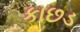
કાછડ